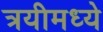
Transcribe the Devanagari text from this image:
त्रयीमध्ये